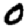
Digit: 0